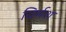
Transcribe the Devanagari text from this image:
विर्मश